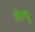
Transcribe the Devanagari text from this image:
लेन्डू